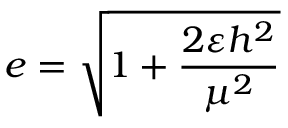
e = { \sqrt { 1 + { \frac { 2 \varepsilon h ^ { 2 } } { \mu ^ { 2 } } } } }